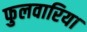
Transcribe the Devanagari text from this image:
फुलवारिया